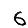
Digit: 6